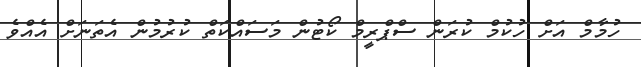
ހުމާމް އަށް ހުކުމް ކުރަން ސްޕްރީމް ކޯޓުން މަސައްކަތް ކުރުމުން އެތަނަށް އެއްވެ